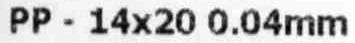
PP - 14X20 0.04MM